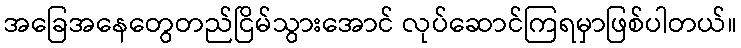
အခြေအနေတွေတည်ငြိမ်သွားအောင် လုပ်ဆောင်ကြရမှာဖြစ်ပါတယ်။